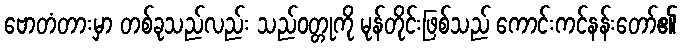
ဗောတံတားမှာ တစ်ခုသည်လည်း သည်ဝတ္တုကို မုန်တိုင်းဖြစ်သည် ကောင်းကင်နန်းတော်၏